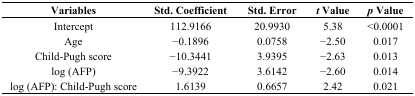
| Variables | Std. Coefficient | Std. Error | t Value | p Value |
 | --- | --- | --- | --- | --- |
 | Intercept | 112.9166 | 20.9930 | 5.38 | <0.0001 |
 | Age | −0.1896 | 0.0758 | −2.50 | 0.017 |
 | Child-Pugh score | −10.3441 | 3.9395 | −2.63 | 0.013 |
 | log (AFP) | −9.3922 | 3.6142 | −2.60 | 0.014 |
 | log (AFP): Child-Pugh score | 1.6139 | 0.6657 | 2.42 | 0.021 |